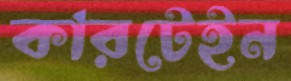
কারটেইন